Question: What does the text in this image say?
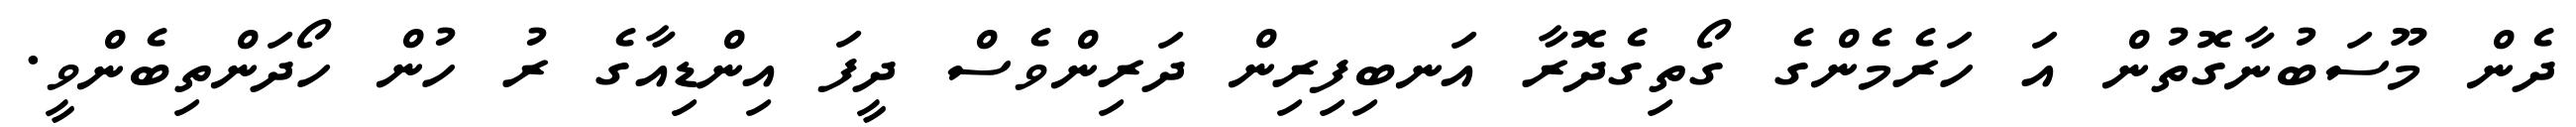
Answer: ދެން މޫސަބުނާގޮތުން އަ ހަރެމެންގެ ގޯތިގެދޮރާ އަނބިފިރިން ދަރިންވެސް ދީފަ އިންޑިއާގެ ރު ހުން ހޯދަންތިބެންވީ.